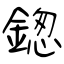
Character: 鍯